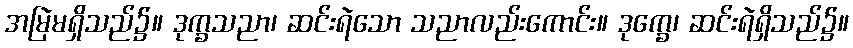
အမြဲမရှိသည်၌။ ဒုက္ခသညာ၊ ဆင်းရဲသော သညာလည်းကောင်း။ ဒုက္ခေ၊ ဆင်းရဲရှိသည်၌။